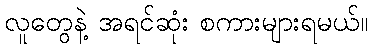
လူတွေနဲ့ အရင်ဆုံး စကားများရမယ်။